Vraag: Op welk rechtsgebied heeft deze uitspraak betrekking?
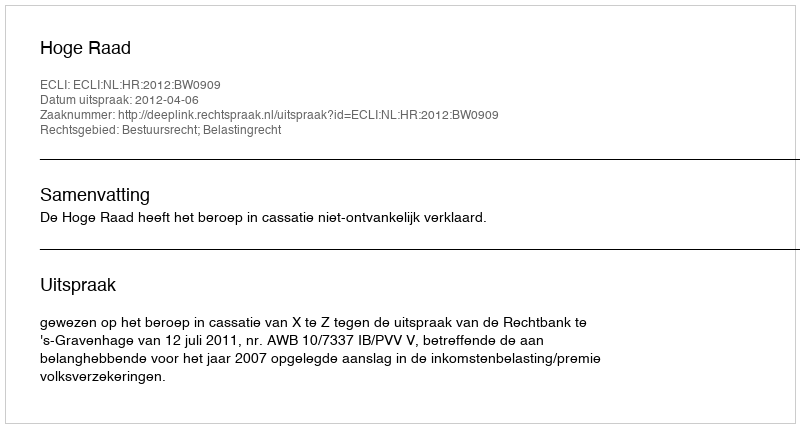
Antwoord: Bestuursrecht; Belastingrecht